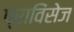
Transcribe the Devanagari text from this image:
प्राविंसेज